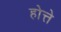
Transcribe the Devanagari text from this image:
होत्ते